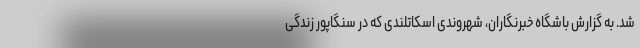
شد. به گزارش باشگاه خبرنگاران، شهروندی اسکاتلندی که در سنگاپور زندگی